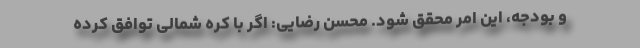
و بودجه، این امر محقق ‌شود. محسن رضایی: اگر با کره شمالی توافق کرده